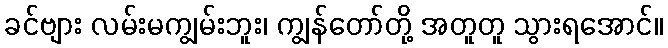
ခင်ဗျား လမ်းမကျွမ်းဘူး၊ ကျွန်တော်တို့ အတူတူ သွားရအောင်။